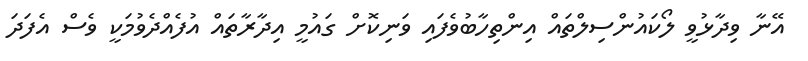
އޭނާ ވިދާޅުވީ ލޯކައުންސިލްތައް އިންތިހާބުވެފައި ވަނިކޮށް ގައުމީ އިދާރާތައް އުފެއްދެވުމަކީ ވެސް އެފަދަ